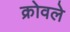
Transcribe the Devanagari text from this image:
क्रोवले